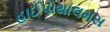
હાઈપોથાલમસ